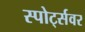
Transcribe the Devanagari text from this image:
स्पोर्ट्सवर